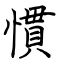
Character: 慣